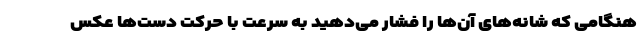
هنگامی که شانه‌های آن‌ها را فشار می‌دهید به سرعت با حرکت دست‌ها عکس